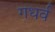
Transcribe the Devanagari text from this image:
गधर्व